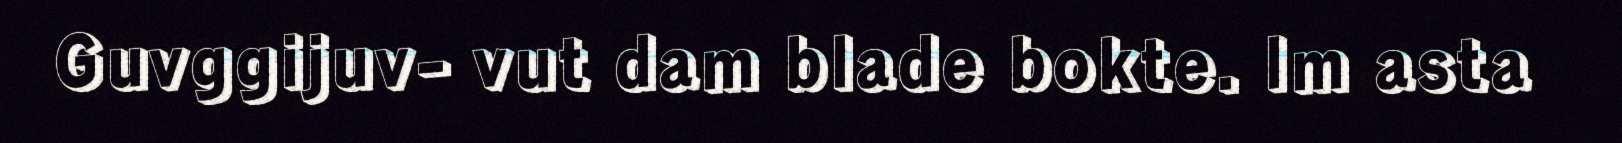
Guvggijuv- vut dam blade bokte. Im asta